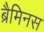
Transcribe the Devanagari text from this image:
ब्रैमिनस